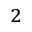
^ 2